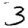
Digit: 3